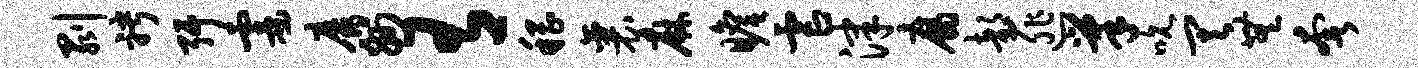
剥聘弭霎靡州有稽襄麻瞻虐津腐部匪巢吮其无奢